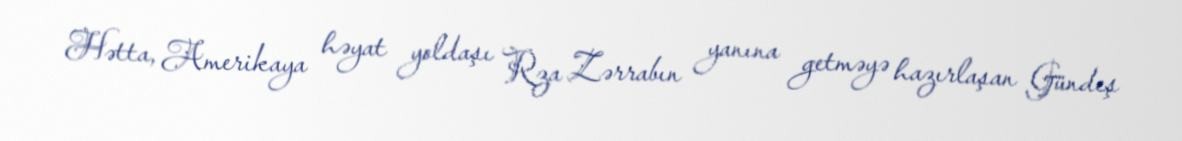
Hətta, Amerikaya həyat yoldaşı Rza Zərrabın yanına getməyə hazırlaşan Gündeş